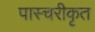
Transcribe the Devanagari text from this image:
पास्चरीकृत